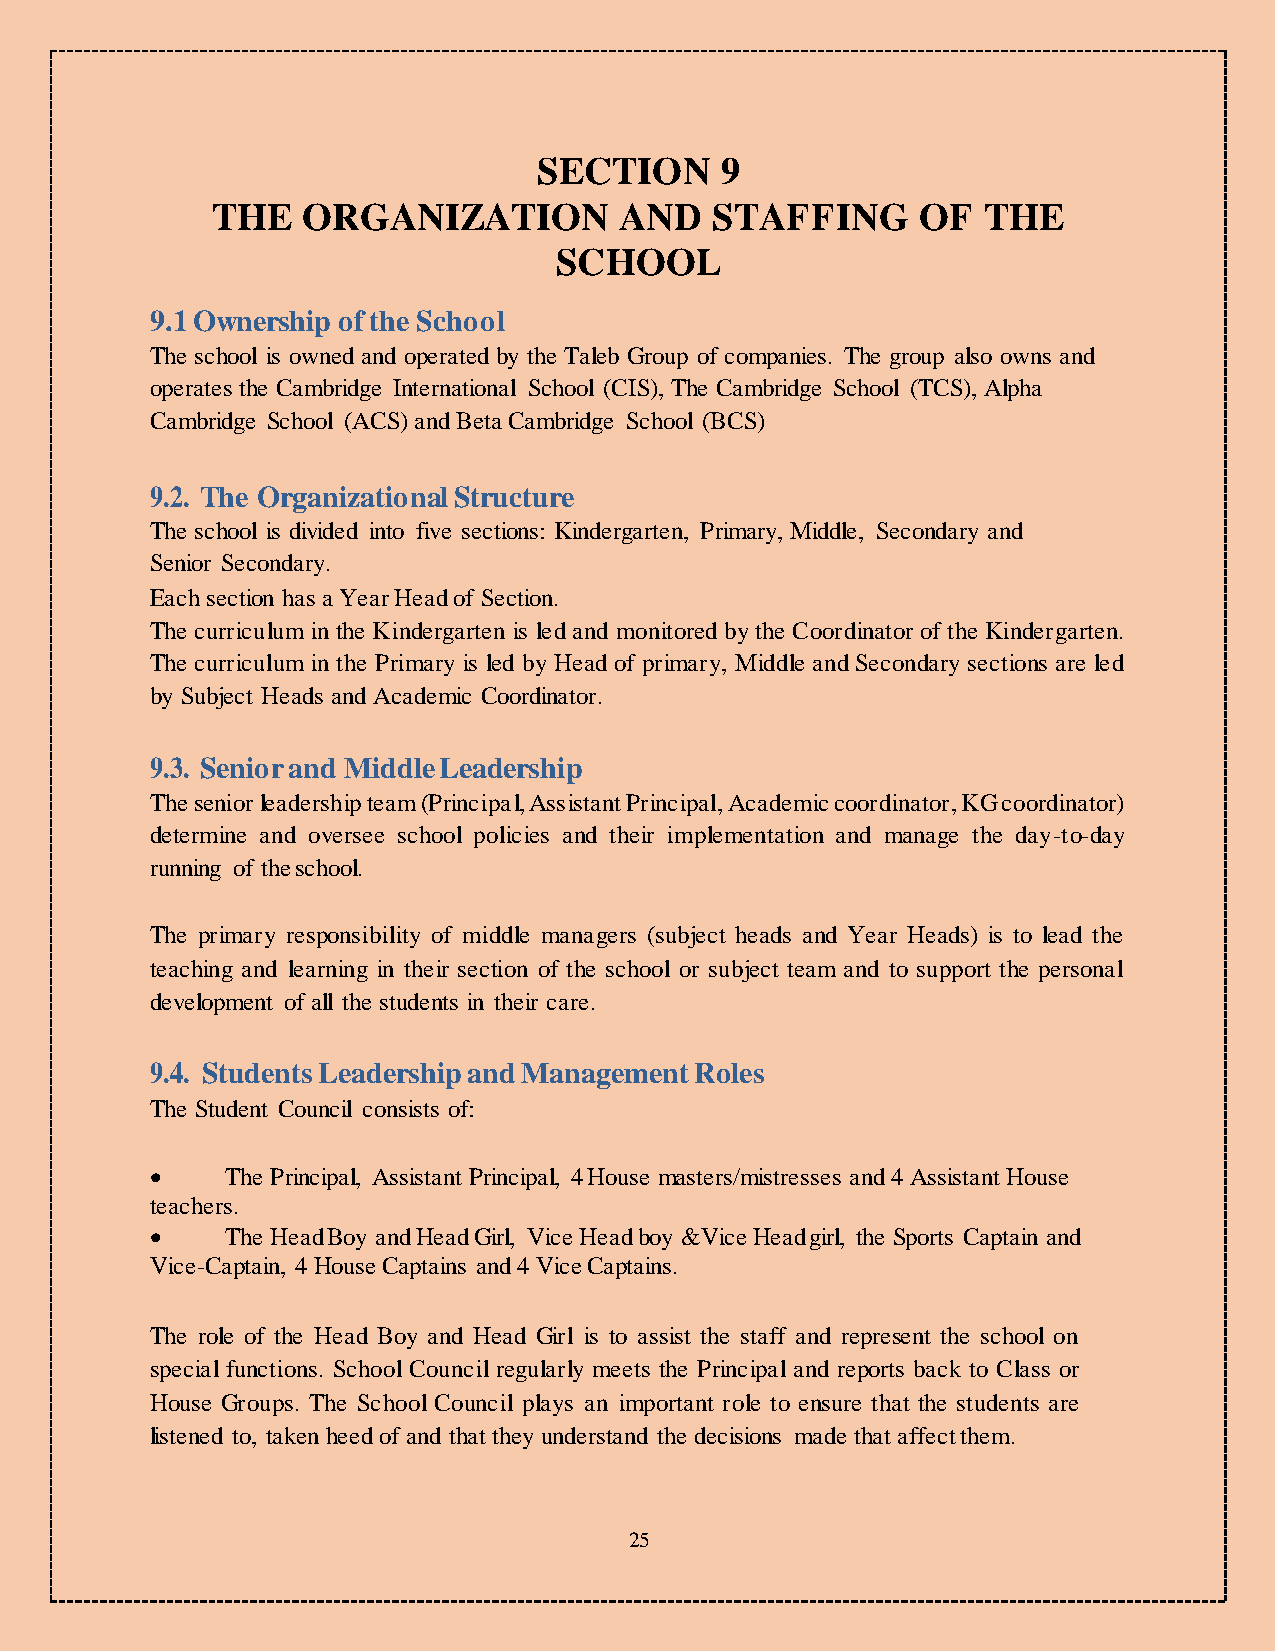
SECTION     9
 THE   ORGANIZATION         AND   STAFFING      OF  THE
 SCHOOL
 9.1 Ownership of the School
 The school is owned and operated by the Taleb Group of companies. The group also owns and
 operates the Cambridge International School (CIS), The Cambridge School (TCS), Alpha
 Cambridge School (ACS) and Beta Cambridge School (BCS)
 9.2. The Organizational Structure
 The school is divided into five sections: Kindergarten, Primary, Middle, Secondary and
 Senior Secondary.
 Each section has a Year Head of Section.
 The curriculum in the Kindergarten is led and monitored by the Coordinator of the Kindergarten.
 The curriculum in the Primary is led by Head of primary, Middle and Secondary sections are led
 by Subject Heads and Academic Coordinator.
 9.3. Senior and Middle Leadership
 The senior leadership team (Principal, Assistant Principal, Academic coordinator, KG coordinator)
 determine and oversee school policies and their implementation and manage the day-to-day
 running of the school.
 The primary responsibility of middle managers (subject heads and Year Heads) is to lead the
 teaching and learning in their section of the school or subject team and to support the personal
 development of all the students in their care.
 9.4. Students Leadership and Management Roles
 The Student Council consists of:
     The Principal, Assistant Principal, 4 House masters/mistresses and 4 Assistant House
 teachers.
     The Head Boy and Head Girl, Vice Head boy &Vice Head girl, the Sports Captain and
 Vice-Captain, 4 House Captains and 4 Vice Captains.
 The role of the Head Boy and Head Girl is to assist the staff and represent the school on
 special functions. School Council regularly meets the Principal and reports back to Class or
 House Groups. The School Council plays an important role to ensure that the students are
 listened to, taken heed of and that they understand the decisions made that affect them.
 25